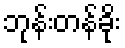
ဘုန်းတန်ခိုး